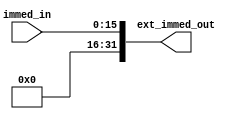
module unsign_extend( immed_in, ext_immed_out );
	input[15:0] immed_in;
	output[31:0] ext_immed_out;
	assign ext_immed_out = { 16'b0, immed_in };
endmodule